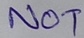
Text: NOT